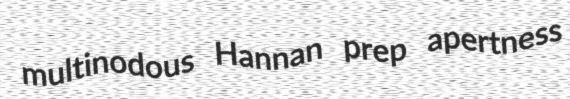
multinodous Hannan prep apertness